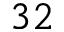
3 2